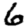
Digit: 6